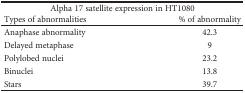
<table><thead><tr><td colspan="2"><b>Alpha 17 satellite expression in HT1080</b></td></tr><tr><td><b>Types of abnormalities</b></td><td><b>% of abnormality</b></td></tr></thead><tbody><tr><td>Anaphase abnormality</td><td>42.3</td></tr><tr><td>Delayed metaphase</td><td>9</td></tr><tr><td>Polylobed nuclei</td><td>23.2</td></tr><tr><td>Binuclei</td><td>13.8</td></tr><tr><td>Stars</td><td>39.7</td></tr></tbody></table>